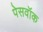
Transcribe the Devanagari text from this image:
पेसवॉक